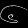
Digit: ၆